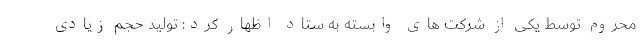
محروم توسط یکی از شرکت های وابسته به ستاد اظهار کرد: تولید حجم زیادی